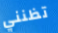
تظنني